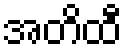
အတိထီ